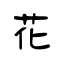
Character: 花